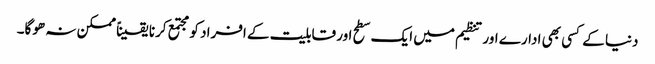
دنیا کے کسی بھی ادارے اور تنظیم میں ایک سطح اور قابلیت کے افراد کو مجتمع کرنا یقیناً ممکن نہ ھوگا۔